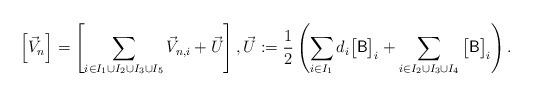
LaTeX: \begin{align*}\left[\vec V_n\right] = \left[ \sum_{i\in I_1\cup I_2\cup I_3\cup I_5 } \vec V_{n,i} + \vec U \right], \vec U := \frac12\left(\sum_{i\in I_1}d_i\big[\mathsf B\big]_i + \sum_{i\in I_2\cup I_3\cup I_4}\big[\mathsf B\big]_i \right).\end{align*}